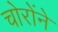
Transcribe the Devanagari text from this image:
चोरोंने